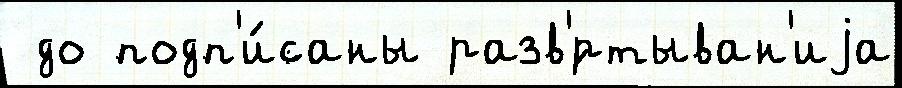
 до подп'и́саны разв'́ртыван'иjа